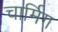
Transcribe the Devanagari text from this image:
चार्मिग